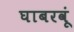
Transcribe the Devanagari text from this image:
घाबरवूं